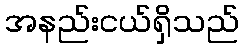
အနည်းငယ်ရှိသည်